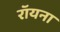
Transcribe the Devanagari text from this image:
रॉयना